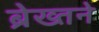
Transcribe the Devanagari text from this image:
ब्रेख्तने